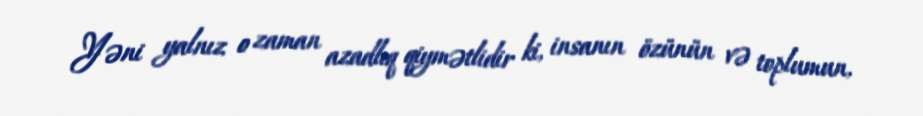
Yəni yalnız o zaman azadlıq qiymətlidir ki, insanın özünün və toplumun,